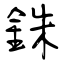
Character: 銖